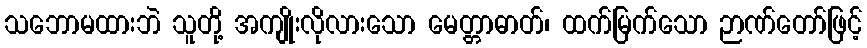
သဘောမထားဘဲ သူတို့ အကျိုးလိုလားသော မေတ္တာဓာတ်၊ ထက်မြက်သော ဉာဏ်တော်ဖြင့်